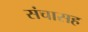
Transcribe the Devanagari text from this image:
संचासह